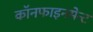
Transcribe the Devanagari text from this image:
कॉनफाइनमेन्ट